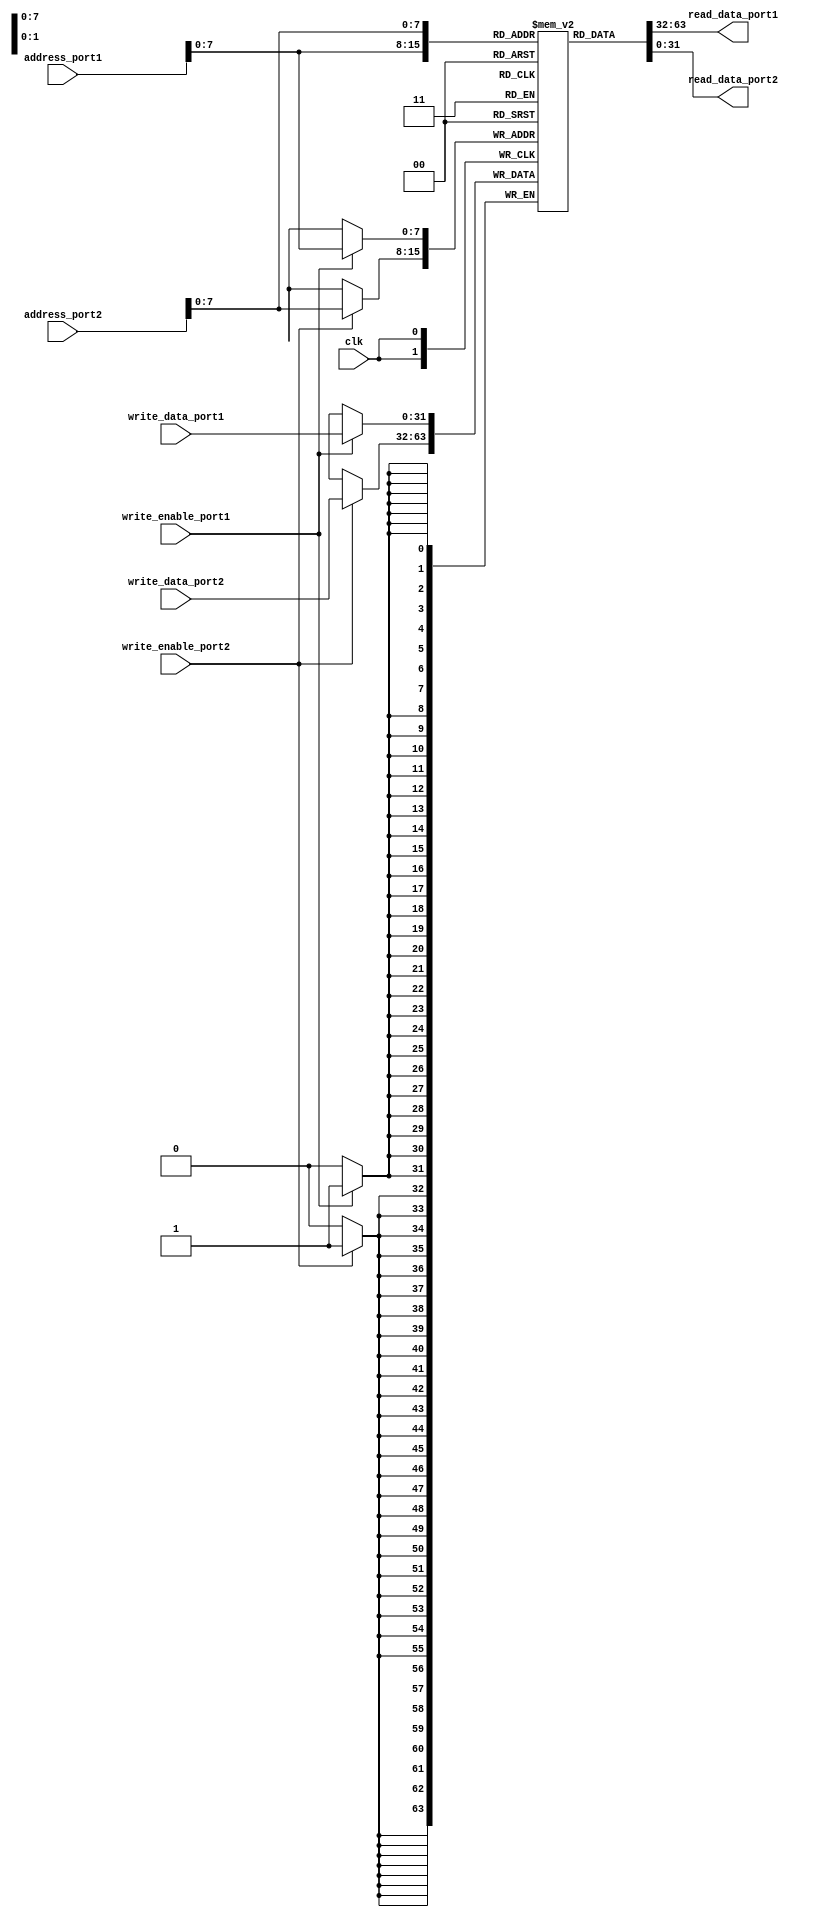
module multi_port_register_file (
  input wire clk,
  input wire [31:0] address_port1,
  input wire [31:0] write_data_port1,
  input wire write_enable_port1,
  output reg [31:0] read_data_port1,
  
  input wire [31:0] address_port2,
  input wire [31:0] write_data_port2,
  input wire write_enable_port2,
  output reg [31:0] read_data_port2
);

reg [31:0] memory_block[0:255]; // 256 memory blocks

always @(posedge clk) begin
  if (write_enable_port1) begin
    memory_block[address_port1] <= write_data_port1;
  end
  
  if (write_enable_port2) begin
    memory_block[address_port2] <= write_data_port2;
  end
end

assign read_data_port1 = memory_block[address_port1];
assign read_data_port2 = memory_block[address_port2];

endmodule